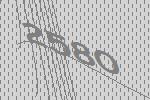
2580